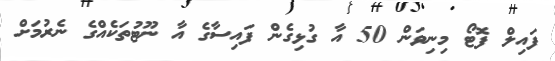
ފައިލް ފޮޓޯ މިނިވަން 50 އާ ގުޅިގެން ފައިސާގެ އާ ނޫޓުތަކެއްގެ ނެރުމަށް